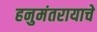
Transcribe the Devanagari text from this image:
हनुमंतरायाचे